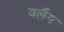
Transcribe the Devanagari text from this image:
वर्लैग